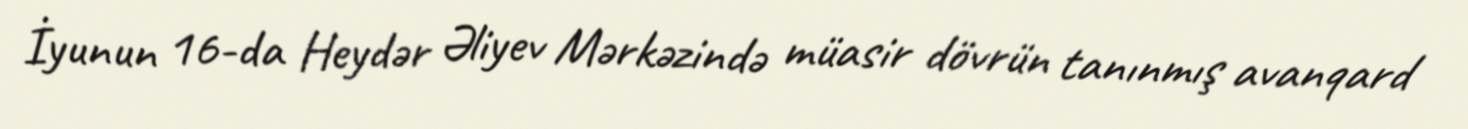
İyunun 16-da Heydər Əliyev Mərkəzində müasir dövrün tanınmış avanqard